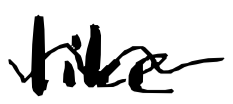
Text: like
Cross-out: wave
Writing tool: digital_black